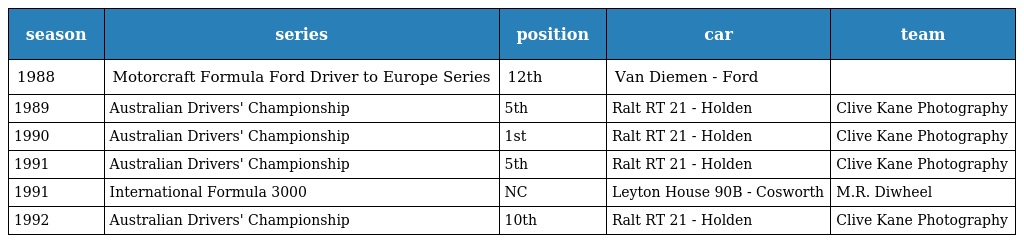
| season | series | position | car | team |
 | --- | --- | --- | --- | --- |
 | 1988 | Motorcraft Formula Ford Driver to Europe Series | 12th | Van Diemen - Ford |  |
 | 1989 | Australian Drivers' Championship | 5th | Ralt RT 21 - Holden | Clive Kane Photography |
 | 1990 | Australian Drivers' Championship | 1st | Ralt RT 21 - Holden | Clive Kane Photography |
 | 1991 | Australian Drivers' Championship | 5th | Ralt RT 21 - Holden | Clive Kane Photography |
 | 1991 | International Formula 3000 | NC | Leyton House 90B - Cosworth | M.R. Diwheel |
 | 1992 | Australian Drivers' Championship | 10th | Ralt RT 21 - Holden | Clive Kane Photography |